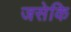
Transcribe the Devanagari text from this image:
जसेकि